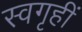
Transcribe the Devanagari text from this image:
स्वगृहीं